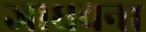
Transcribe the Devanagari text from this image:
जाधवना